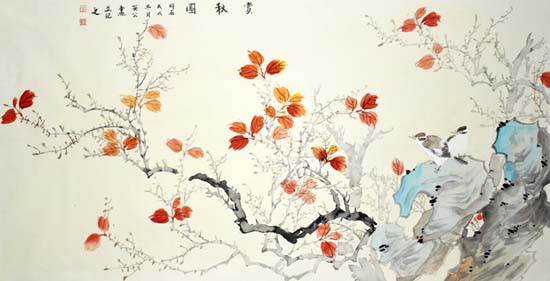
问相思他日镜中看，萧萧发。